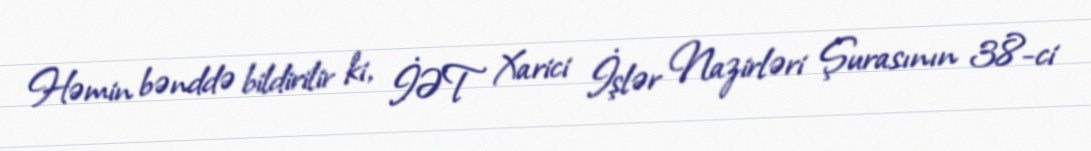
Həmin bənddə bildirilir ki, İƏT Xarici İşlər Nazirləri Şurasının 38-ci